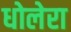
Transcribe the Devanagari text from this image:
धोलेरा